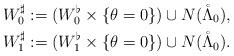
LaTeX: \begin{align*} W_0^{\sharp} &:= (W_0^{\flat} \times \{\theta = 0\}) \cup N(\mathring{\Lambda}_0), \\ W_1^{\sharp} &:= (W_1^{\flat} \times \{\theta = 0\}) \cup N(\mathring{\Lambda}_0).\end{align*}